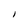
Character: I